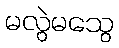
မလွဲမသွေ